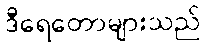
ဒီရေတောများသည်